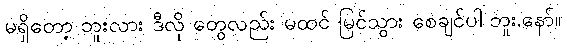
မရှိတော့ ဘူးလား ဒီလို တွေလည်း မထင် မြင်သွား စေချင်ပါ ဘူး.နော်။